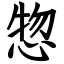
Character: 惣